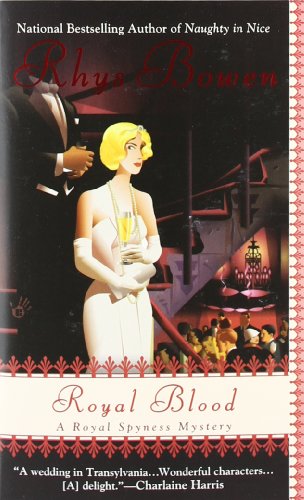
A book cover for Royal Blood (A Royal Spyness Mystery); Rhys Bowen; Mystery, Thriller & Suspense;